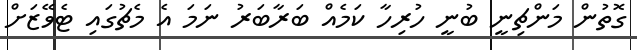
ގޮތުން މަންޗިނީ ބުނީ ހުރިހާ ކަމެއް ބަރާބަރު ނަމަ އެ މެޗުގައި ޓެވޭޒަށް